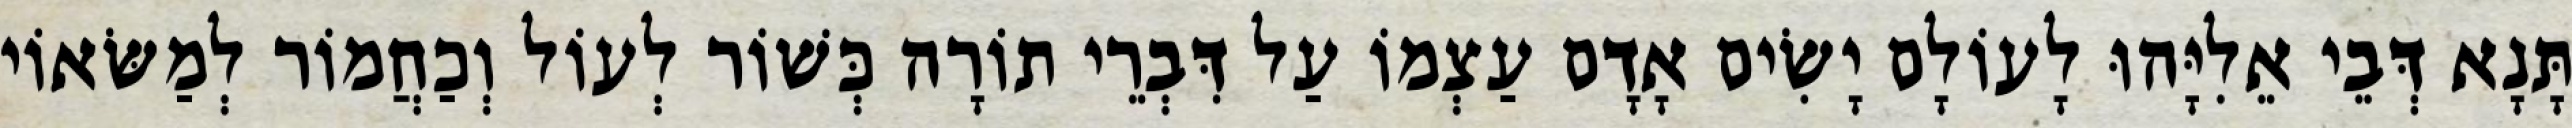
תָּנָא דְּבֵי אֵלִיָּהוּ לָעוֹלָם יָשִׂים אָדָם עַצְמוֹ עַל דִּבְרֵי תוֹרָה כְּשׁוֹר לְעוֹל וְכַחֲמוֹר לְמַשּׂאוֹי